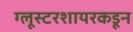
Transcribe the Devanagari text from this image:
ग्लूस्टरशायरकडून